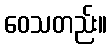
ဝေသတည်း။